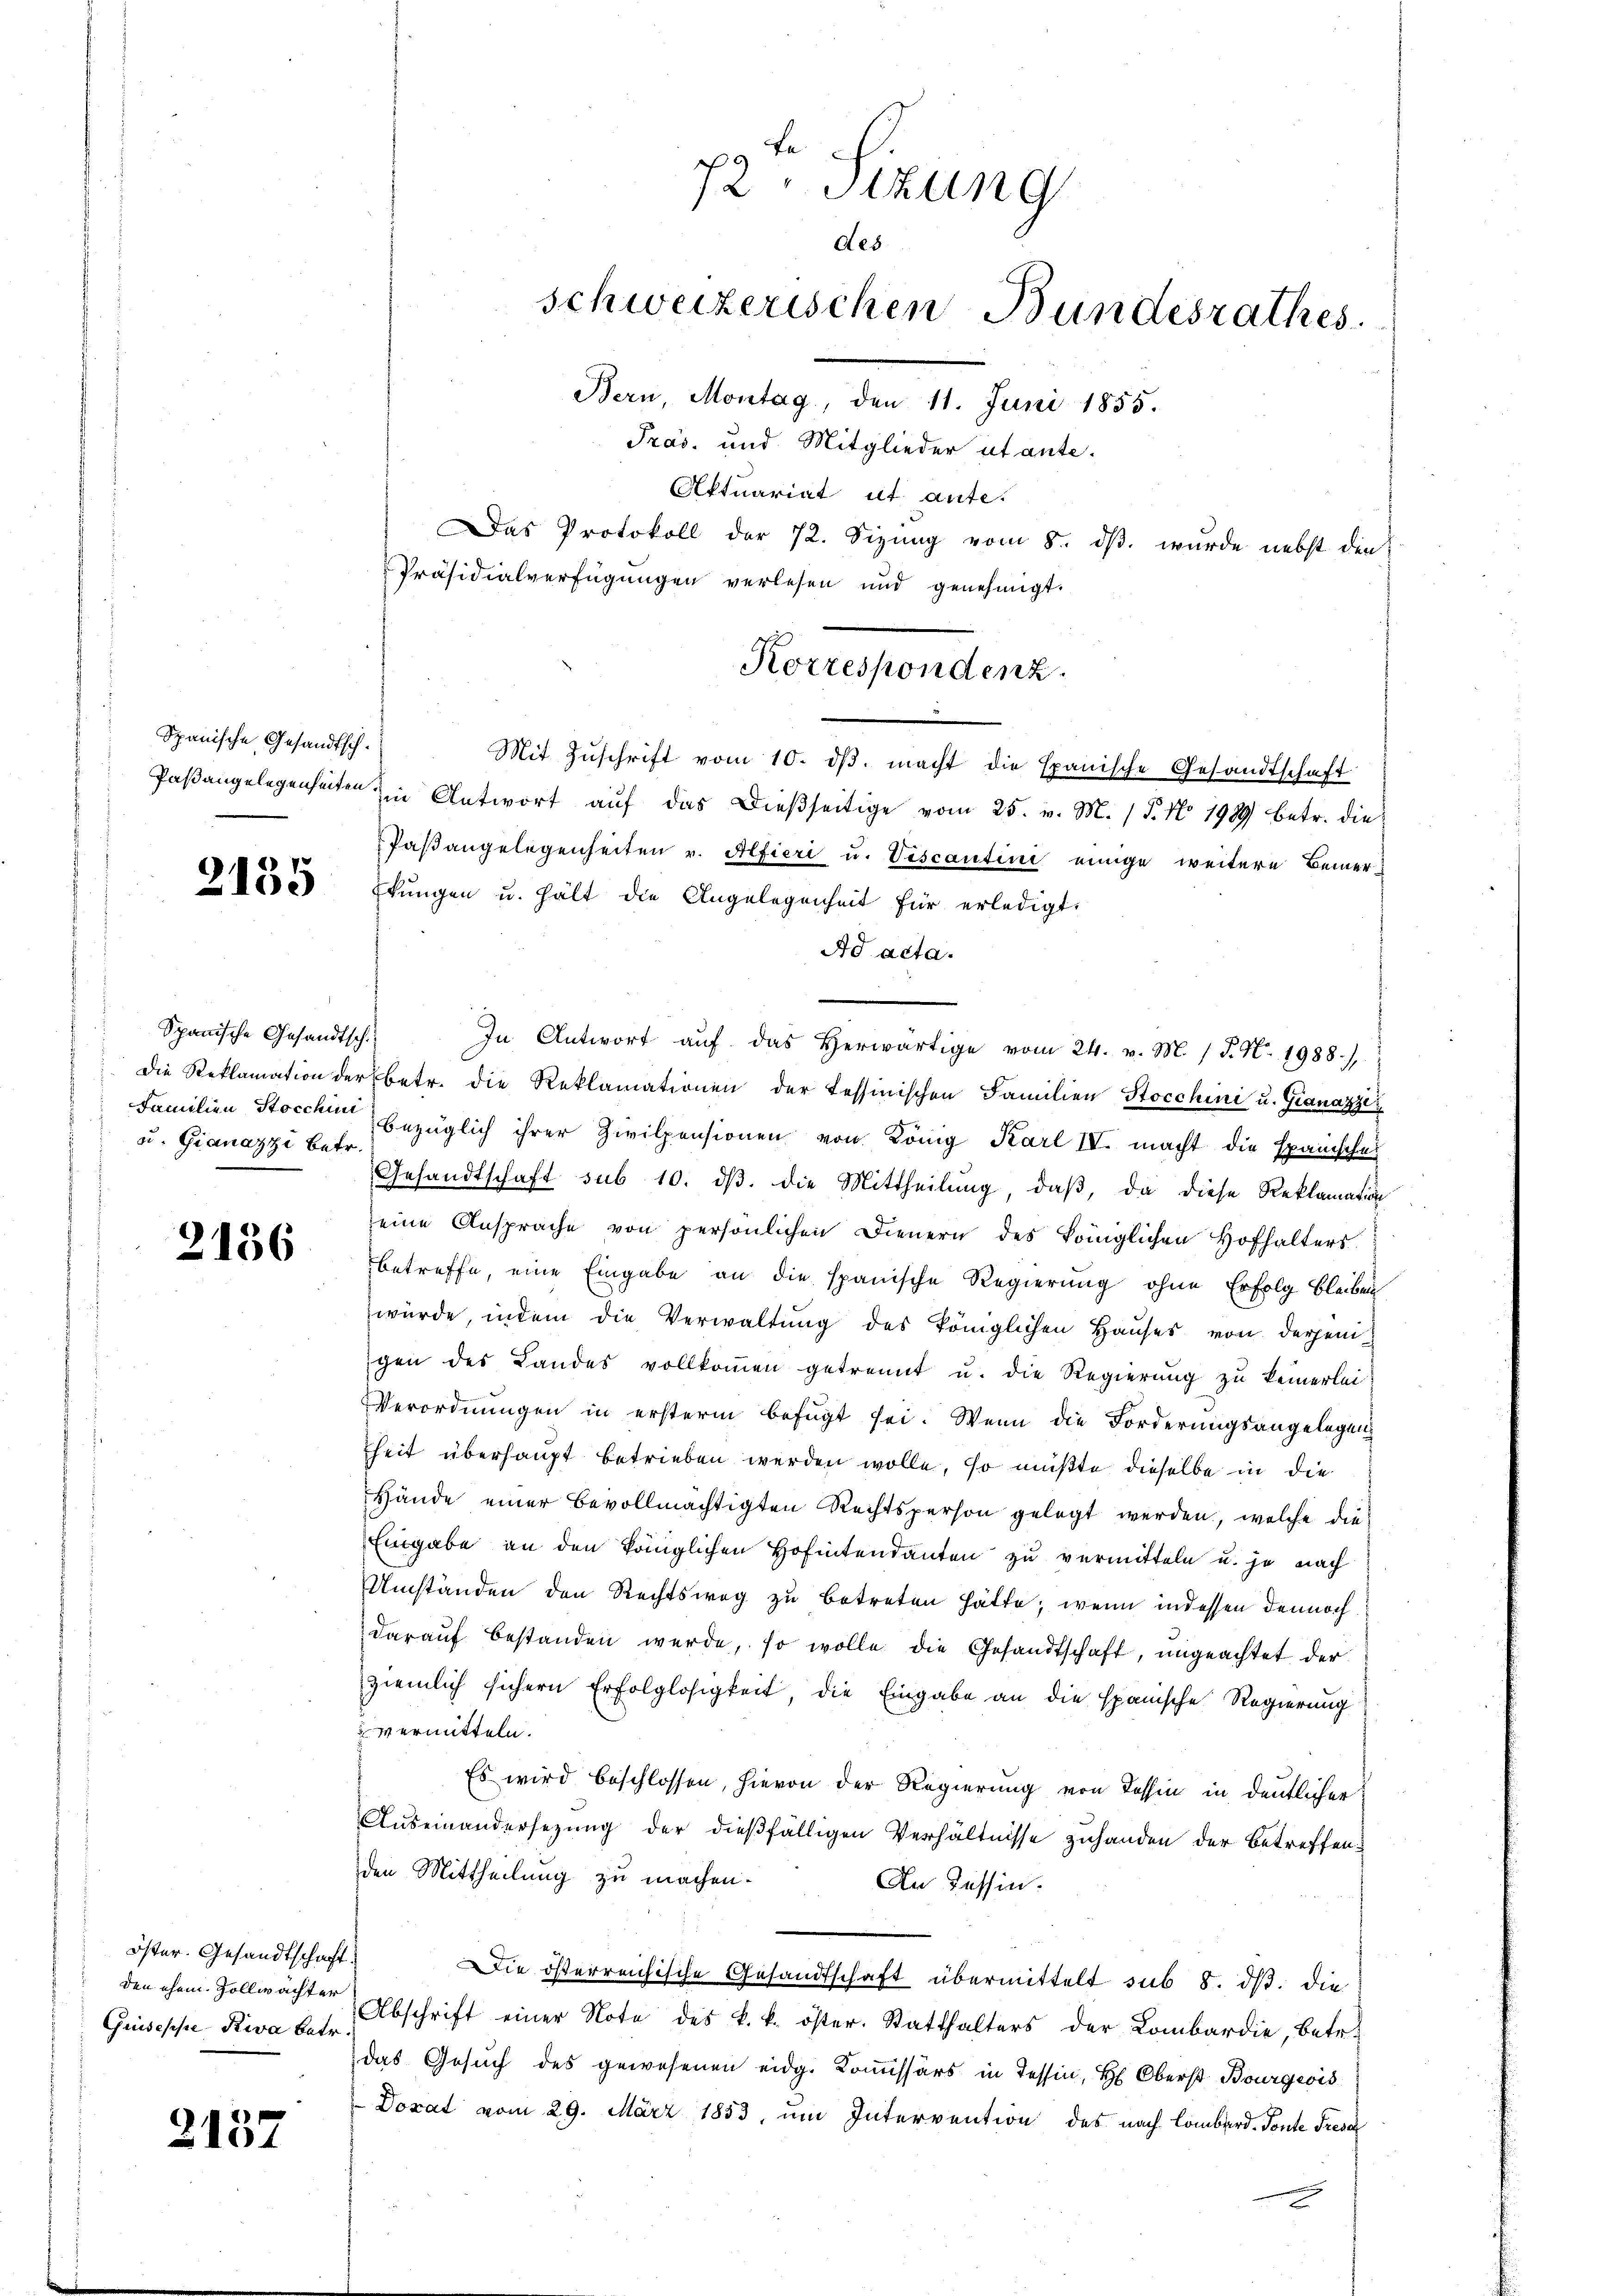
Spanische Gesandtsch¬

2135

Spanische Gesandtsch.
u. Gianazzi betr.

2136

öster. Gesandtschaft.
den ehem Zollwachter
Guisesse Riva betr.

2157

Präsidialverfügungen verlesen und genehmigt.
Mit Zŭschrift vom 10. dβ. macht die Epanische Gesandtschaft
Paβangelegenheiten in Antwort aŭf das dieβseitige vom 25. v. M. (T. No. 1989) betr. die
Paβangelegenheiten v. Alfieri u. Viscantini einige weitere Bemer¬
Ekungen u. hält die Angelegenheit für erledigt:
Ad acta.
In Antwort auf das Herwärtige vom 24. v. M. / P. Nr. 1988),
die Reklamation der betr. die Reklamationen der Tessinischen Familien Stocchini u. Granazze
Familien Stocker bezüglich ihrer Zivilpensionen von König Karl IV. macht die Examischer
Gesandtschaft sub 10. ds. die Mittheilung, daß, da diese Reklamation
seine Ansprache von persönlichen Dienern des königlichen Hofhalters
betreffe, eine Eingabe an die spanische Regierung ohne Erfolg bleiben
würde, indem die Verwaltŭng des königlichen Haŭses von derjenigen des Landes vollkoṁen getrennt u. die Regierŭng zŭ keinerlei
Verordnungen in ersterm befugt sei. Wenn die Forderungsangelegen
heit überhaupt betrieben werden wolle, so mußte dieselbe in die
Hände einer Bevollmächtigten Rechtsperson gelegt werden, welche die¬
Eingabe an den königlichen Hofintendanten zu vermitteln u. je nach
Umständen den Rechtsweg zu betreten hätte; wenn indessen dennoch
darauf bestanden werde, so wolle die Gesandtschaft, ungeachtet der
ziemlich sichern Erfolglosigkeit, die Eingabe an die spanische Regierung
vermitteln.
Es wird beschlossen, hievon der Regierung von Tessin in deutlicher
Auseinandersetzung der dießfälligen Verhältnisse zuhanden der betreffenden Mittheilung zu machen.
An Tessin.
Die österreichische Gesandtschaft übermittelt sub 8. ds. die
Abschrift einer Note des k. k. öster. Statthalters der Lombardie, betr.
das Gesuch des gewesenen eidg. Kommissärs in Tessin, H. Oberst Bourgeis
Dorat vom 29. März 1853, um Intervention des nach Lombard. Fonte Frese

9
2 Sizung
des
schweizerischen Bundesrathes.
Bern, Montag, den 11. Juni 1855.
Pras. und Mitglieder ut ante¬
Aktuariat ut ante.
Das Protokoll der 72. Sizung vom 8. dβ. wurde nebst die

Korrespondenz.